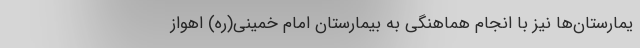
یمارستان‌ها نیز با انجام هماهنگی به بیمارستان امام خمینی(ره) اهواز